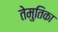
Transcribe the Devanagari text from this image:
तेमुतिका